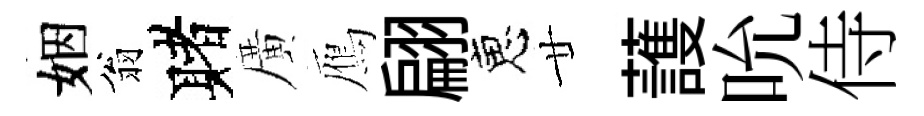
姻翁赌廣鴈翩恵廿䕶吮侍